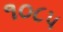
૧૦૮૫